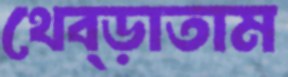
থেব্‌ড়াতাম